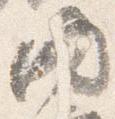
内